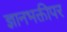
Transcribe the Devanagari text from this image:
ज्ञानभक्तीपर